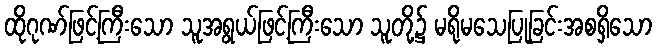
ထိုဂုဏ်ဖြင့်ကြီးသော သူအရွယ်ဖြင့်ကြီးသော သူတို့၌ မရိုမသေပြုခြင်းအစရှိသော